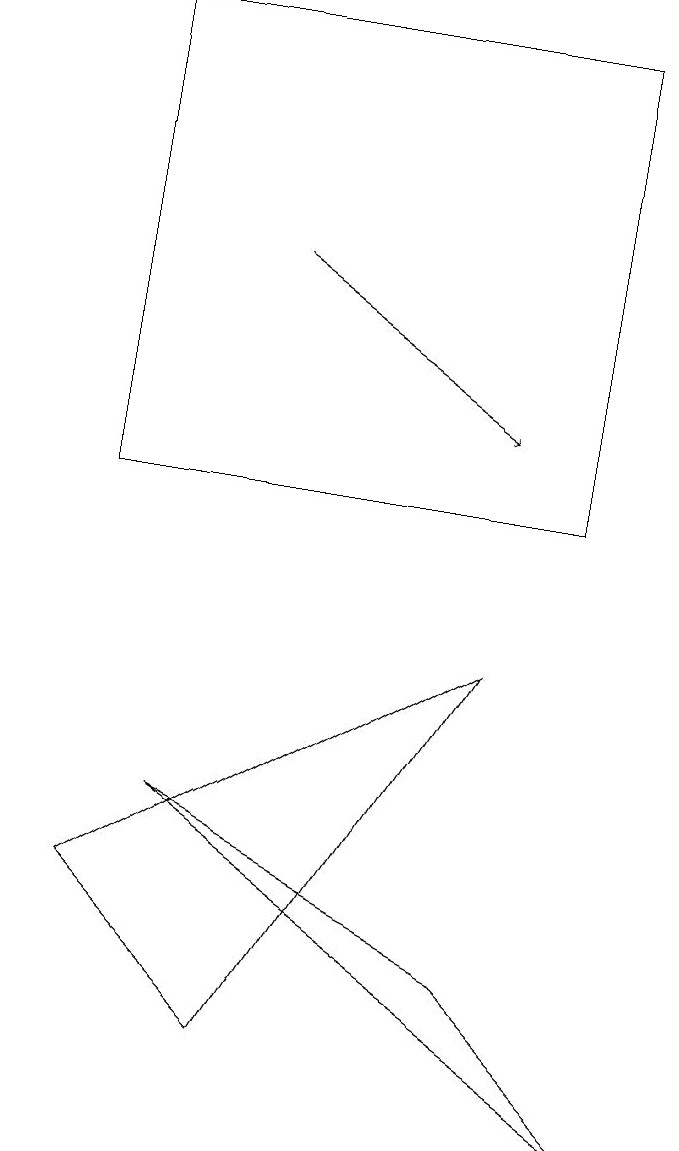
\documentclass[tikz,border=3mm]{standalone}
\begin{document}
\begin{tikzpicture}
\draw[->] (4,14) -- (7,12);
\draw (9,3) -- (7,5) -- (3,7) -- cycle;
\draw (4,4) -- (7,9) -- (2,6) -- cycle;
\draw[->] (8,17) -- (1,17);
\draw (8,11) rectangle (2,17);
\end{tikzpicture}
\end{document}